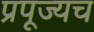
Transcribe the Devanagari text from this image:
प्रपूज्यच